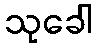
သုခေါ